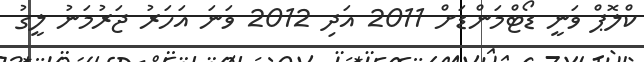
ކްލޮޕް ވަނީ ޑޯޓްމަންޑަށް 2011 އަދި 2012 ވަނަ އަހަރު ޖަރުމަނު ލީގު